Scottish Leaving Certificate Examination, 1958
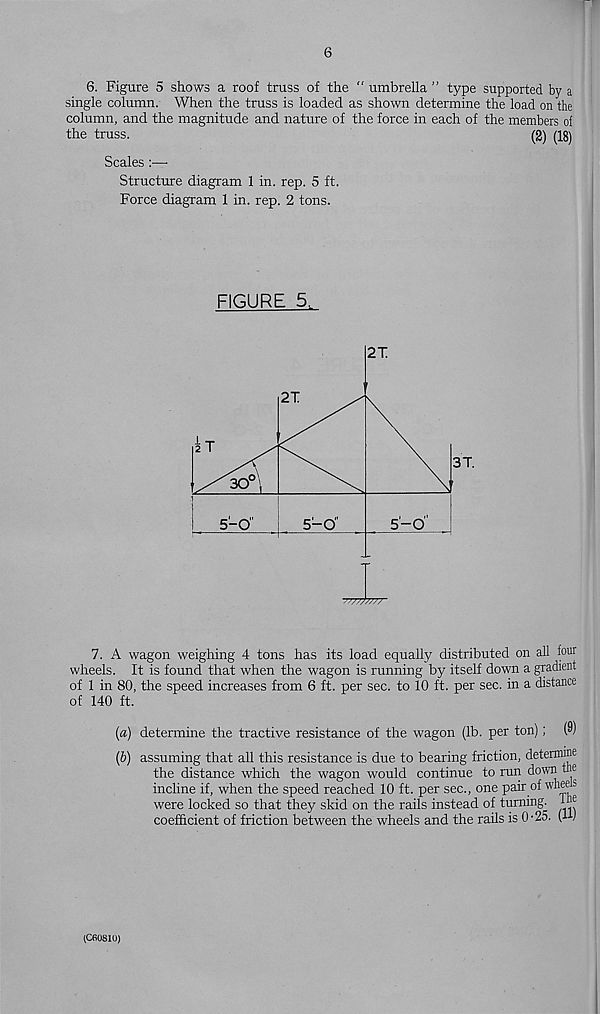
6
6. Figure 5 shows a roof truss of the “ umbrella ” type supported by a
single column. When the truss is loaded as shown determine the load on the
column, and the magnitude and nature of the force in each of the members of
the truss.
(2) (lg)
Scales :—
Structure diagram 1 in. rep. 5 ft.
Force diagram 1 in. rep. 2 tons.
FIGURE 5,
7. A wagon weighing 4 tons has its load equally distributed on all four
wheels. It is found that when the wagon is running by itself down a gradient
of 1 in 80, the speed increases from 6 ft. per sec. to 10 ft. per sec. in a distance
of 140 ft.
(a) determine the tractive resistance of the wagon (lb. per ton); (9)
(b) assuming that all this resistance is due to bearing friction, determine
the distance which the wagon would continue to run down the
incline if, when the speed reached 10 ft. per sec., one pair of wliees
were locked so that they skid on the rails instead of turning. 1®
coefficient of friction between the wheels and the rails is O'25. (1)
(C60810)